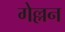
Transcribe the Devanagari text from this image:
गेल्लन